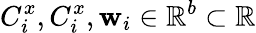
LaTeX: C_{i}^{x},C_{i}^{x},\mathbf{w}_{i}\in\mathbb{{R}}^{b}\subset\mathbb{{R}}